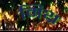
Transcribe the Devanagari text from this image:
मिथ्र